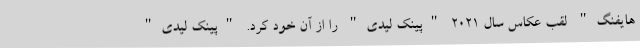
هایفنگ" لقب عکاس سال 2021 "پینک لیدی" را از آن خود کرد. "پینک لیدی"